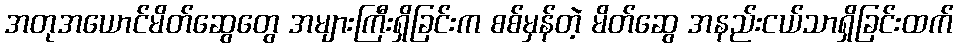
အတုအယောင်မိတ်ဆွေတွေ အများကြီးရှိခြင်းက စစ်မှန်တဲ့ မိတ်ဆွေ အနည်းငယ်သာရှိခြင်းထက်